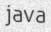
java